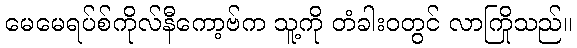
မေမေရပ်စ်ကိုလ်နီကော့ဗ်က သူ့ကို တံခါးဝတွင် လာကြိုသည်။